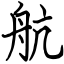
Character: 航